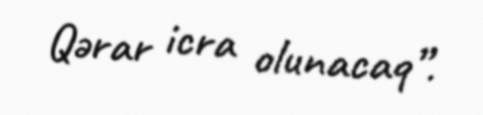
Qərar icra olunacaq”.